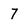
Character: 7